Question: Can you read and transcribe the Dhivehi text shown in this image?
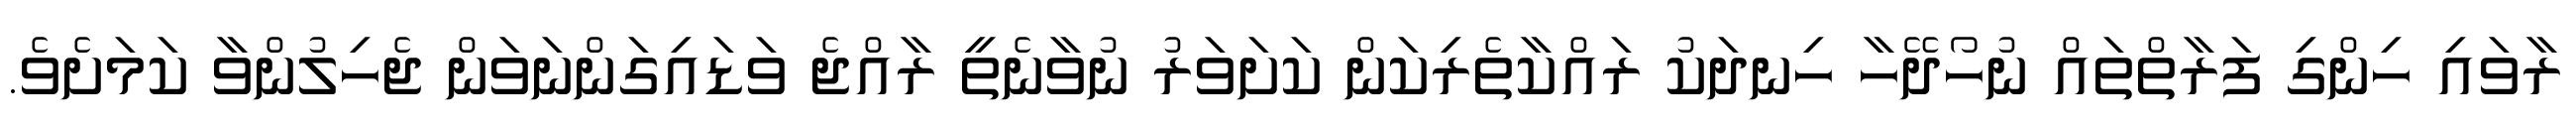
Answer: ރާވައި ހިންގި ފަރާތްތައް ނުހޯދޭހާ ހިނދަކު ރައްކާތެރިކަން ކަށަވަރު ނުވާނެތީ ރާއްޖެ ވަޑައިގަންނަވަން ޖެހިލުންވާ ކަމަށެވެ.